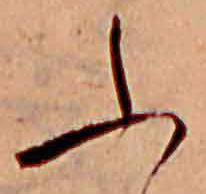
ふ